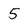
Character: 5